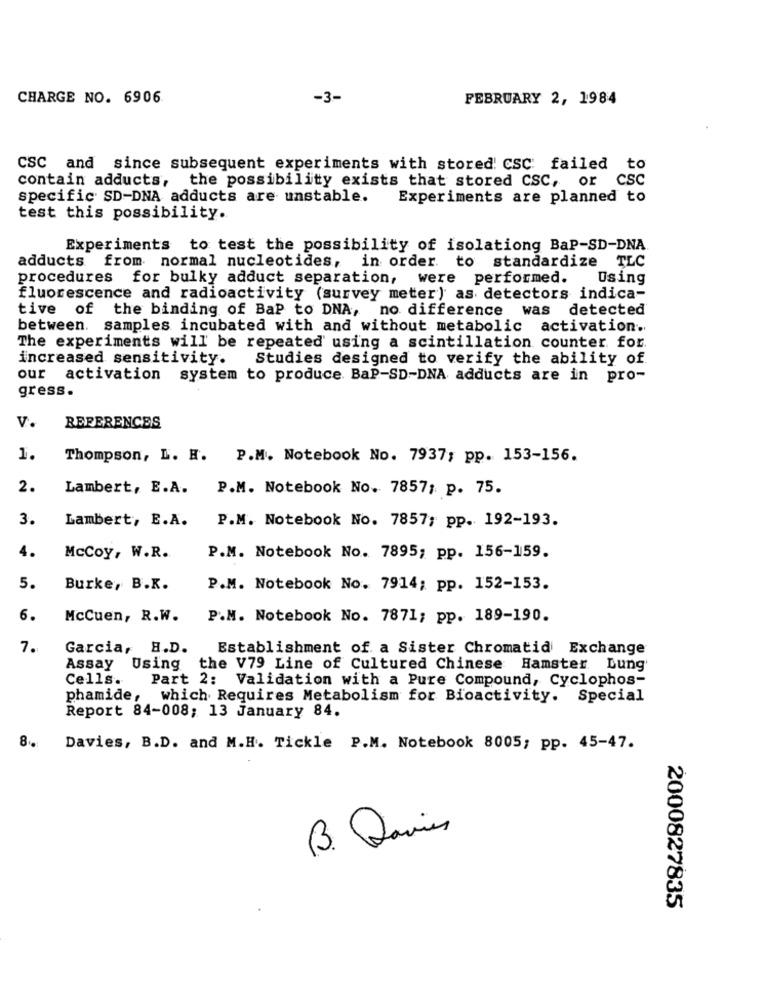
CHARGE NO. 6906
-3-
FEBRUARY 2, 1984
CSC and since subsequent experiments with stored! CSC: failed to
contain adducts,
the possibility exists that stored CSC, or CSC
specific SD-DNA adducts are unstable.
Experiments are planned to
test this possibility.
Experiments to test the possibility of isolationg BaP-SD-DNA
adducts from normal nucleotides, in order to standardize TLC
procedures for bulky adduct separation, were performed. Using
fluorescence and radioactivity (survey meter) as detectors indica-
tive of the binding of BaP to DNA, no difference was detected
between. samples incubated with and without metabolic activation ..
The experiments will be repeated using a scintillation counter for.
increased sensitivity.
Studies designed to verify the ability of
our activation system to produce. BaP-SD-DNA adducts are in pro-
gress.
V.
REFERENCES
1.
Thompson, L. H. P.M. Notebook No. 7937; pp. 153-156.
2.
Lambert, E.A. P.M. Notebook No. 7857; p. 75.
3.
Lambert, E.A.
P.M. Notebook No. 7857; pp. 192-193.
4.
McCoy, W.R.
P.M. Notebook No. 7895; pp. 156-159.
5.
Burke, B.K.
P.M. Notebook No. 7914; pp. 152-153.
6.
McCuen, R.W.
P.M. Notebook No. 7871; pp. 189-190.
7.
Garcia,
H.D.
Establishment of a Sister Chromatid Exchange
Assay Using the V79 Line of Cultured Chinese Hamster Lung
Cells.
Part 2: Validation with a Pure Compound, Cyclophos-
phamide,
which Requires Metabolism for Bioactivity. Special
Report 84-008; 13 January 84.
8.
Davies, B.D. and M.H. Tickle P.M. Notebook 8005; pp. 45-47.
00
B. Davies
2000827835